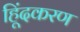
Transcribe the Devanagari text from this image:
हिूंदकरण